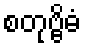
စတုဗ္ဗိဓံ